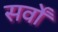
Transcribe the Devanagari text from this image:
सर्वों